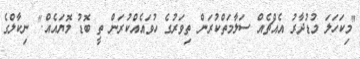
"މިކަހަލަ މުޑުދާރު އެއްޗެއް ސަލާމަތްކުރަން ތިވަރުގެ ހުވައެއްކުރަން ތީ ބޮޑު މޮޔައެއް." ނިކާލްގެ